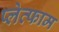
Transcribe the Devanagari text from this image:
प्लेत्फाम